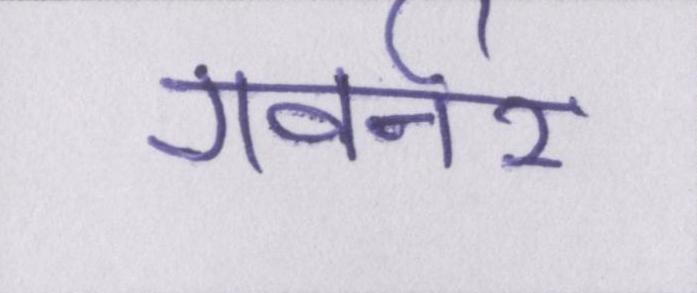
गवर्नर